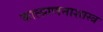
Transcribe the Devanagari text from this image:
कालगणनाशास्त्र